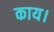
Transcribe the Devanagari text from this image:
काय।